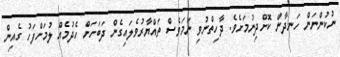
ނުކުންނަން ހަނދާން ކޮށްދިނުމަށެވެ. ދާހިތްނުވި ނަމަވެސް ތައްޔާރުވެލައިގެން ދަބަަހަށް ހެދުމެއް ލުމަށްފަހު ގެއިން